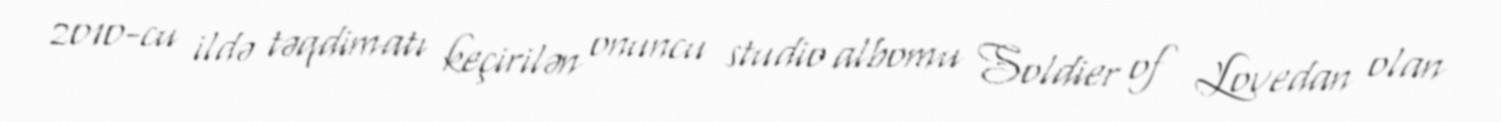
2010-cu ildə təqdimatı keçirilən onuncu studio albomu Soldier of Lovedan olan